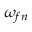
\omega _ { f n }